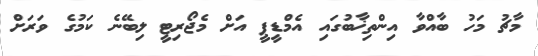
މާޗު މަހު ބާއްވާ އިންތިޚާބުގައި އެމްޑީޕީ އަށް މެޖޯރިޓީ ލިބޭނެ ކަމުގެ ވަރަށް